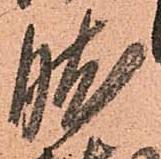
肱